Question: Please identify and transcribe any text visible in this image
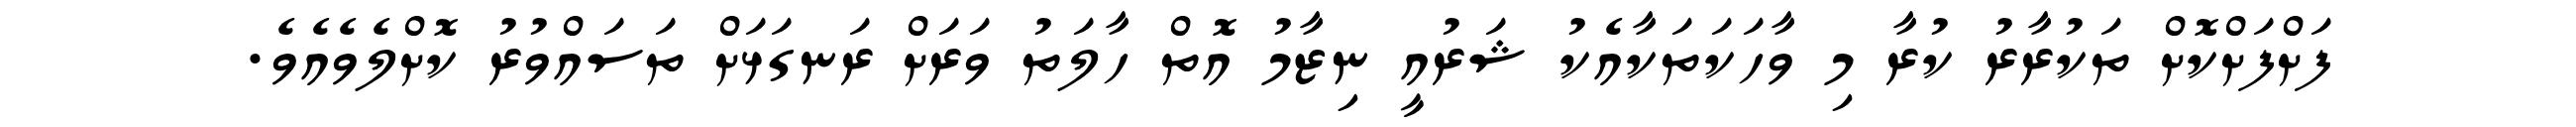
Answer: ފަށްފަށްކޮށް ތަކުރާރު ކުރާ މި ވާހަކަތަކާއެކު ޝަރުއީ ނިޒާމު އޮތް ހާލަތު ވަރަށް ރަނގަޅަށް ތަސައްވުރު ކޮށްލެވެއެވެ.